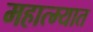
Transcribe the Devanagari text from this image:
महात्म्यात